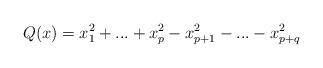
LaTeX: \begin{align*}Q(x)=x_1^2+...+x_p^2-x_{p+1}^2-...-x_{p+q}^2\end{align*}